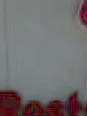
.